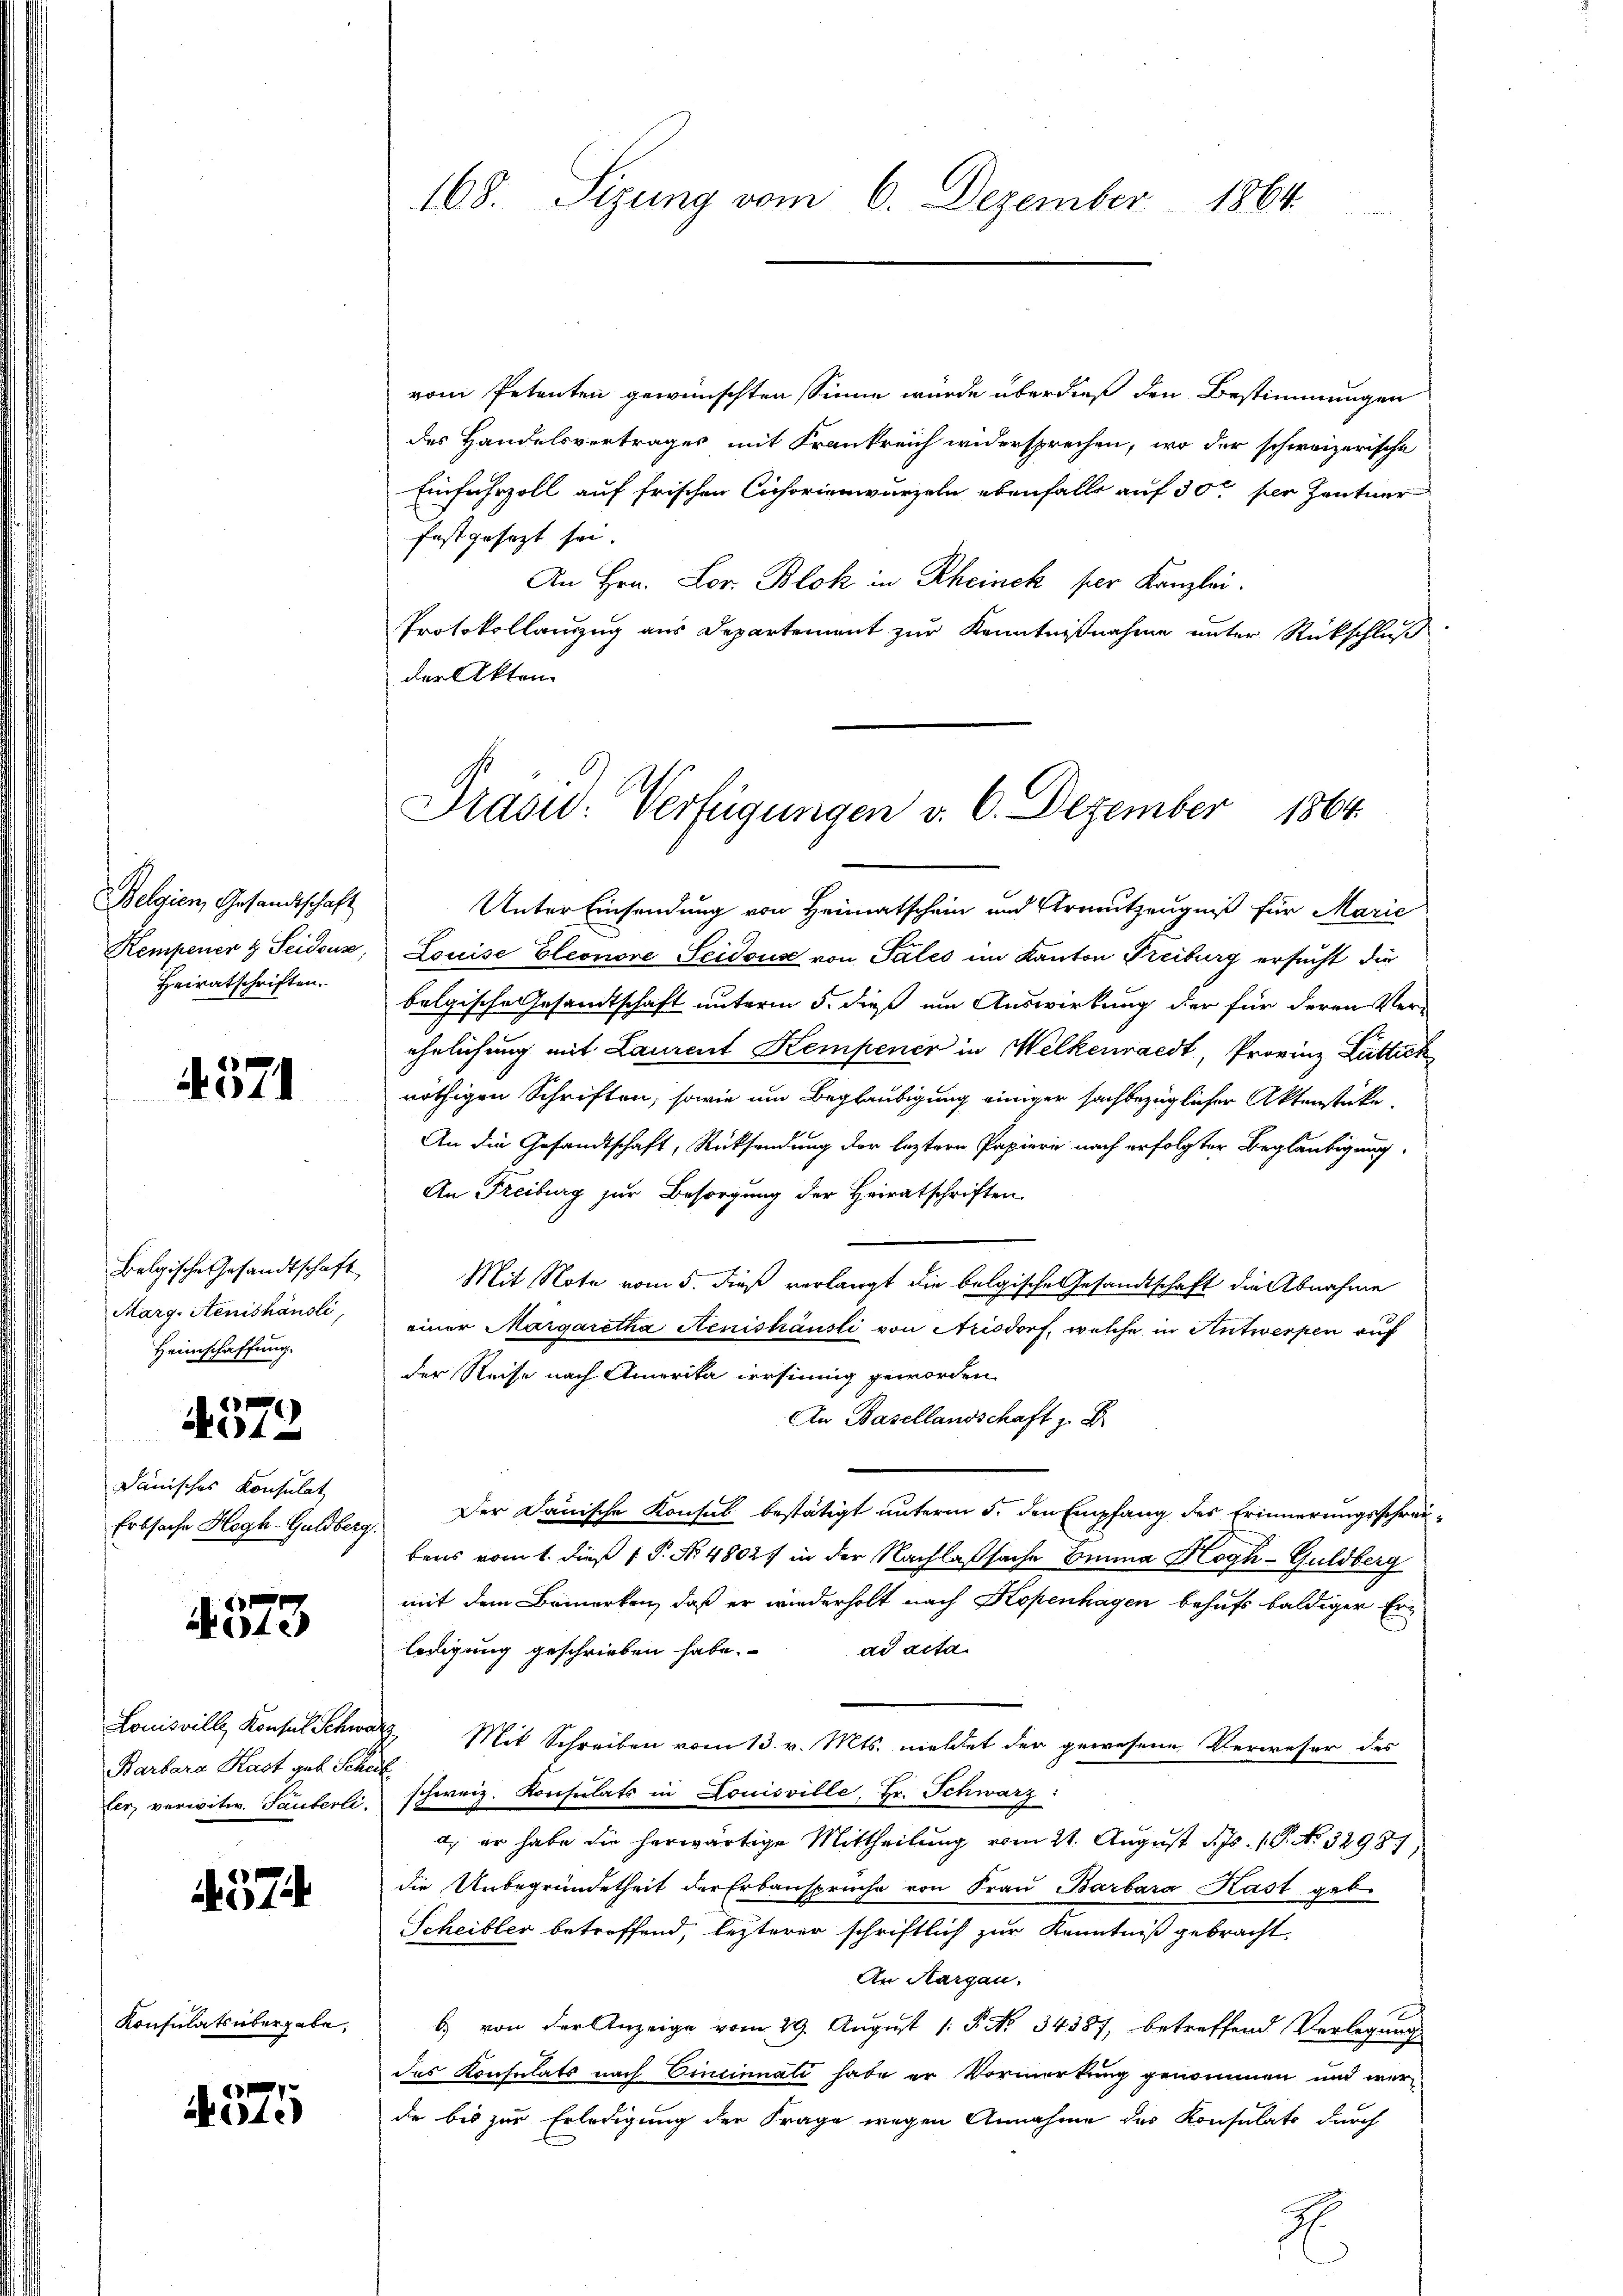
168. Sizung vom 6. Dezember 1864

vom Petenten gewünschten Sinne wurde überdieß den Bestimmungen
des Handelsvertrages mit Frankreich widersprechen, wo der schweizerische
Einfuhrzoll auf frischen Cichorienwurzeln ebenfalls auf 30 per Zentner
festgesezt sei.
An Hrn. Lor. Blok in Rheinek per Kanzlei.
Protokollanzzug aus Departement zur Kenntnißnahme unter Rückschluß
der Akten

Präsid. Verfügungen v. 6. Dezember 1864.

Unter Einsendung von Heimatschein und Armutzeugniß für Marie
Louise Eleonore Seidouse von Pales im Kanton Treiburg ersucht die
belgische Gesandtschaft unterm 5. dieß um Auswirkung der für deren Ver-
ehelichung mit Laurent Kempener in Melkenraedt, Provinz Luttick
nöthigen Schriften, sowie um Beglaubigung einiger sachbezüglicher Aktenstücke.
An die Gesandtschaft, Rücksendung der leztern Papiere nach erfolgter Beglaubigung.
An Freiburg zur Besorgung der Heiratschriften
Mit Note vom 5. dieß verlangt die belgische Gesandtschaft die Abnahme
einer Margaretha Aenishäusli von Arisdorf, welche in Antwerpen auf
der Reise nach Amerika irrsinnig geworden
An Basellandschaft z. B.
Der Dänische Konsul bestätigt unterm 5. den Empfang des Erinnerungsschreibens vom 1. dieß P. Nr. 4802. in der Nachlaßsache Einna Hogh-Guldberg
mit dem Bemerken, daß er wiederholt nach Kopenhagen behufs baldiger Erad acta
ledigung geschrieben habe.
3. Mit Schreiben vom 13. v. Mts. meldet der gewesene Verweser des
f
schweiz. Konsulats in Louisville, Hr. Schwarz:
a) er habe die herwärtige Mittheilung vom 21. August d. Js. 1. No. 32981,
die Unbegründetheit der Erbanspruche von Frau Barbara Kast geb.
Scheibler betreffend, letzterer schriftlich zur Kenntniß gebracht,
An Aargau.
b) von der Anzeige vom 29. August 1 P. No. 34387, betreffend Verlegung
des Konsulats nach Einsinnali habe er Vormerkung genommen und werde bis zur Erledigung der Frage wegen Annahme des Konsulats durch
.

Belgien, Gesandtschaft
Rempener & Seidens,
Heiratschriften.

4571

Belgische Gesandtschaft
Marg-Aenishändli,
Heimschaffung.
4372
danisches Konsulat
Erbsache Hagh-Guldberg

4. 573

Louisville Konsul Schwa
Barbara Kast geb. Sche
fer, vereitw. Lauferli

574

Konsulats übergabe.

4575